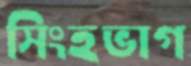
সিংহভাগ